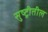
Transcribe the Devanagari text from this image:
सुष्ट्रीतील